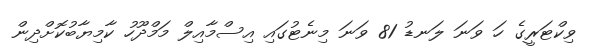
ވިކްޓަރީގެ ހަ ވަނަ ލަނޑު 81 ވަނަ މިނެޓުގައި އިސްމާއިލް މަމްދޫހު ކާމިޔާބުކޮށްދިން